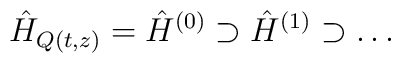
\hat{H}_{Q(t,z)} = \hat{H}^{(0)} \supset  \hat{H}^{(1)} \supset  \ldots